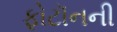
ફોટૉનની